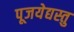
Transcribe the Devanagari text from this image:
पूजयेद्यस्तु